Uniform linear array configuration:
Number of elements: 12
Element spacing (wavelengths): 0.75
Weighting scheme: kaiser
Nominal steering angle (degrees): -60
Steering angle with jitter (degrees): -61.767
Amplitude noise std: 0.05
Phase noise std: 0.05

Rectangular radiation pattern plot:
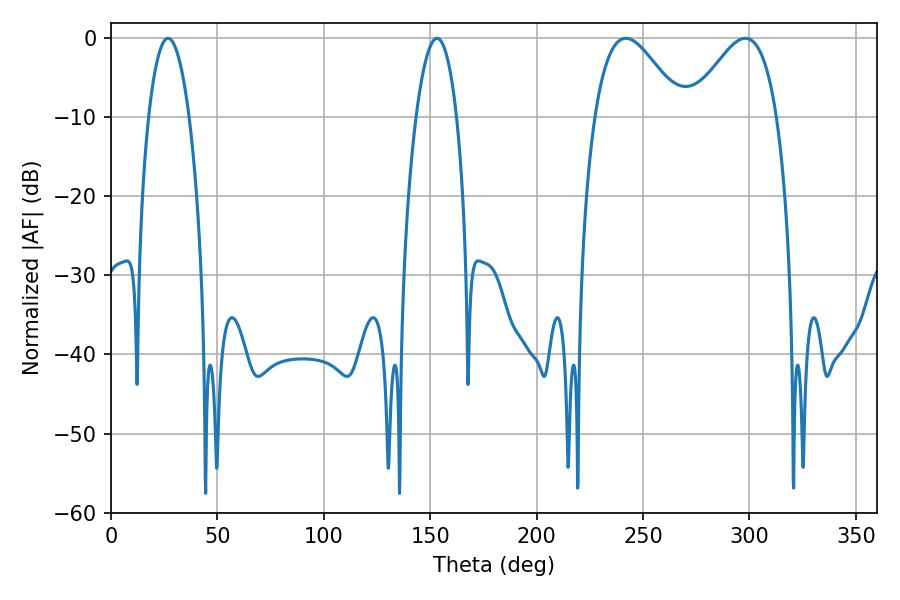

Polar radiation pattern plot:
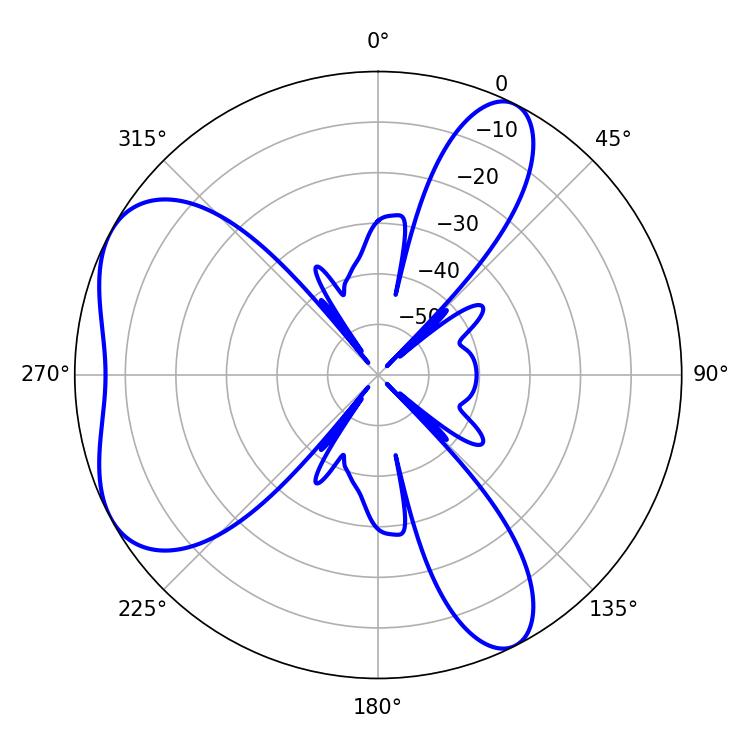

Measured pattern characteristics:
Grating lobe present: TRUE
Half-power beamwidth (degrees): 21.96
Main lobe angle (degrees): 241.92